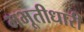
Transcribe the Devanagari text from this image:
भभूतीधारी